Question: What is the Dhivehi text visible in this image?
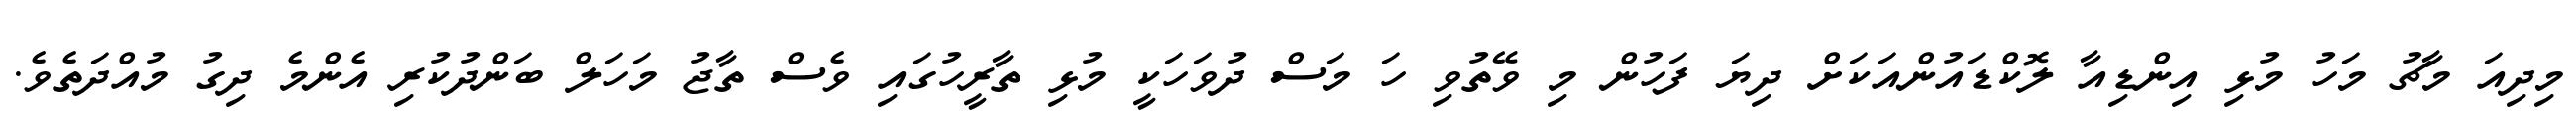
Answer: މިދިއަ މާޗު މަހު މުޅި އިންޑިއާ ލޮކްޑައުންއަކަށް ދިޔަ ފަހުން މި ވޭތުވި ހަ މަސް ދުވަހަކީ މުޅި ތާރީހުގައި ވެސް ތާޖު މަހަލް ބަންދުކުރި އެންމެ ދިގު މުއްދަތެވެ.